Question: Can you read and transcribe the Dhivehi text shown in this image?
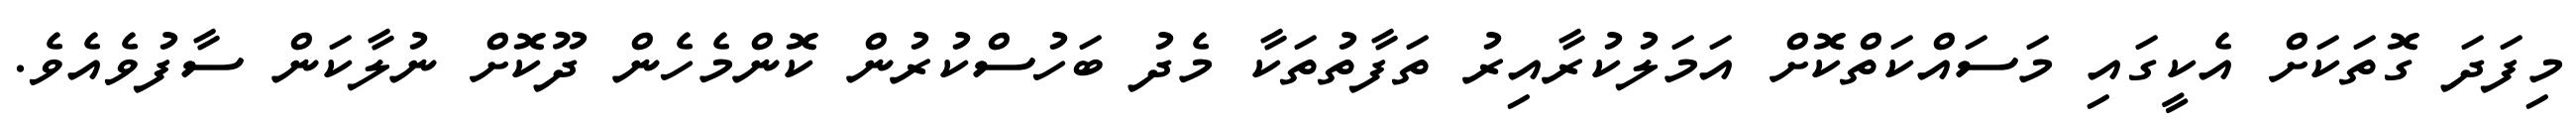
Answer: މިފަދަ ގޮތަކަށް އެކީގައި މަސައްކަތްކޮށް އަމަލުކުރާއިރު ތަފާތުތަކާ މެދު ބަހުސްކުރުން ކޮންމެހެން ދޫކޮށް ނުލާކަން ސާފުވެއެވެ.